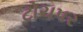
ટોચપર